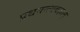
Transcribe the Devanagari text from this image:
प्रथयन्त्यवज्ञाम्‌